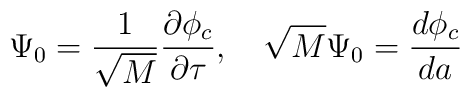
\Psi_0 = \frac{1}{\sqrt{M}}\frac{\partial\phi_c}{\partial\tau}, \quad\sqrt{M}\Psi_0 = \frac{d\phi_c}{d a}